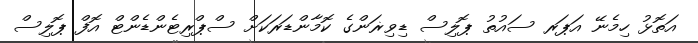
އަތޮޅު ހިމެނޭ އަޕަރ ސައުތު ޕޮލިސް ޑިވިޜަންގެ ކޮމާންޑަރަކަށް ސްޕްރިޓެންޑެންޓް އޮފް ޕޮލިސް